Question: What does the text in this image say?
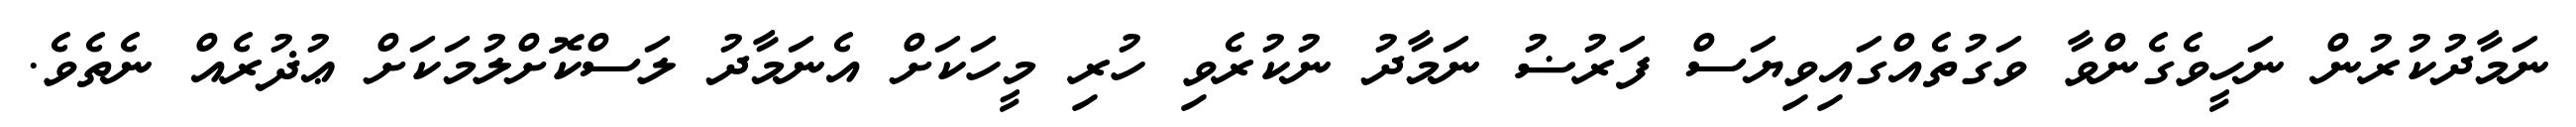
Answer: ނަމާދުކުރުން ނަހީވެގެންވާ ވަގުތެއްގައިވިޔަސް ފަރުޟު ނަމާދު ނުކުރެވި ހުރި މީހަކަށް އެނަމާދު ލަސްކޮށްލުމަކަށް ޢުޛުރެއް ނެތެވެ.